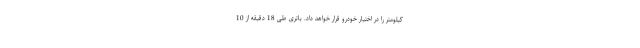
کیلومتر را در اختیار خودرو قرار خواهد داد. باتری طی 18 دقیقه از 10